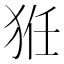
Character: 𤞘